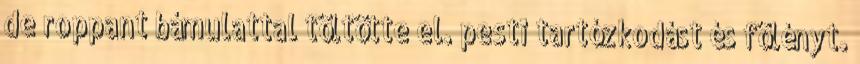
de roppant bámulattal töltötte el. pesti tartózkodást és fölényt.